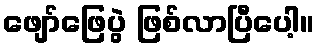
ဖျော်ဖြေပွဲ ဖြစ်လာပြီပေါ့။